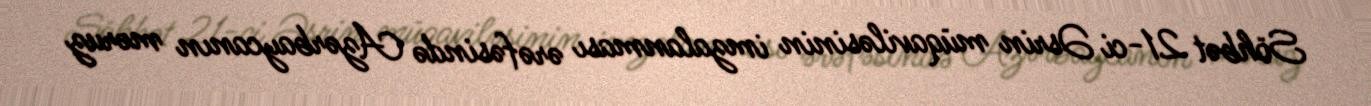
Söhbət 21-ci Əsrin müqaviləsinin imzalanması ərəfəsində Azərbaycanın məruz